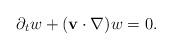
LaTeX: \begin{align*}\partial_t w+(\mathbf{v}\cdot \nabla)w=0.\end{align*}